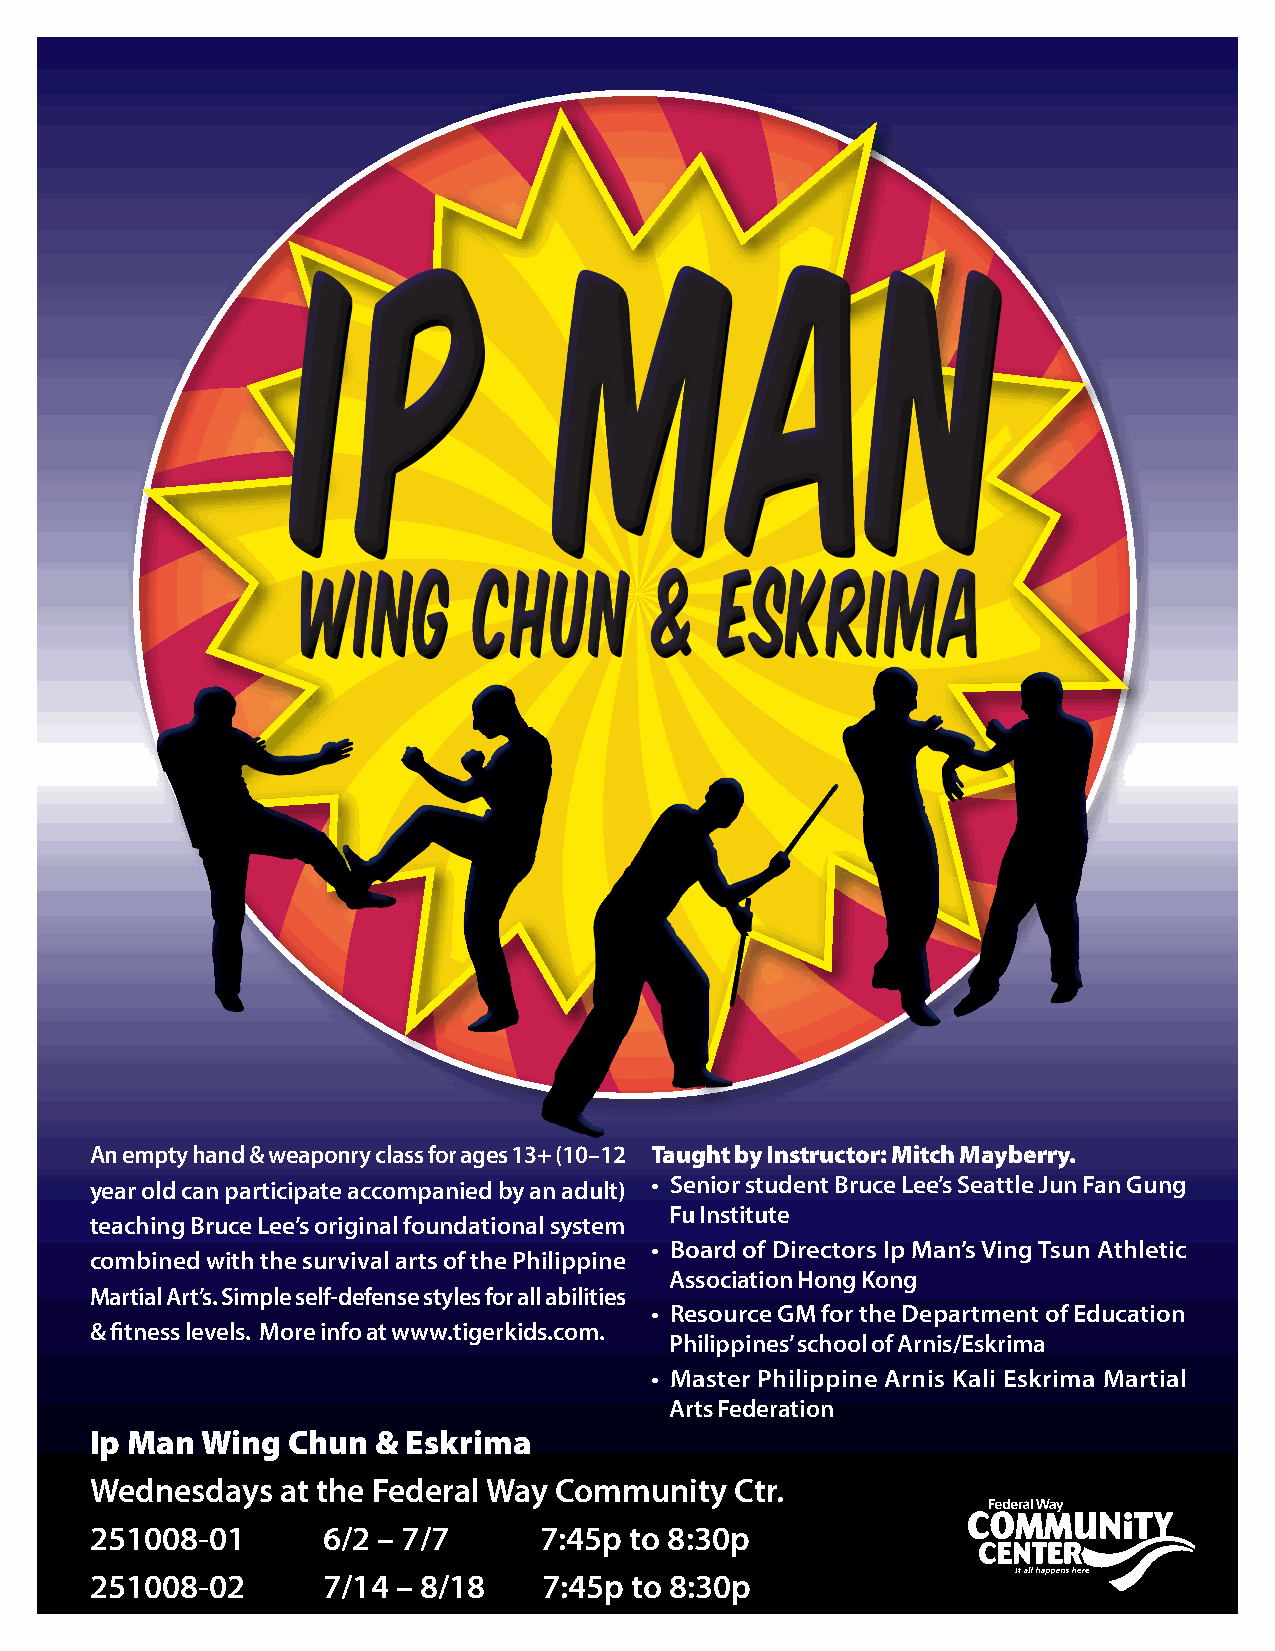
An empty hand & weaponry class for ages 13+ (10–12 Taught by Instructor: Mitch Mayberry.
 year old can participate accompanied by an adult) • Senior student Bruce Lee’s Seattle Jun Fan Gung
 Fu Institute
 teaching Bruce Lee’s original foundational system
 • Board of Directors Ip Man’s Ving Tsun Athletic
 combined with the survival arts of the Philippine
 Association Hong Kong
 Martial Art’s. Simple self-defense styles for all abilities
 • Resource GM for the Department of Education
 & fitness levels. More info at www.tigerkids.com.
 Philippines’ school of Arnis/Eskrima
 • Master Philippine Arnis Kali Eskrima Martial
 Arts Federation
 Ip Man Wing  Chun  & Eskrima
 Wednesdays   at the Federal Way Community  Ctr.
 251008-01      6/2 – 7/7      7:45p to 8:30p
 251008-02      7/14 – 8/18    7:45p to 8:30p